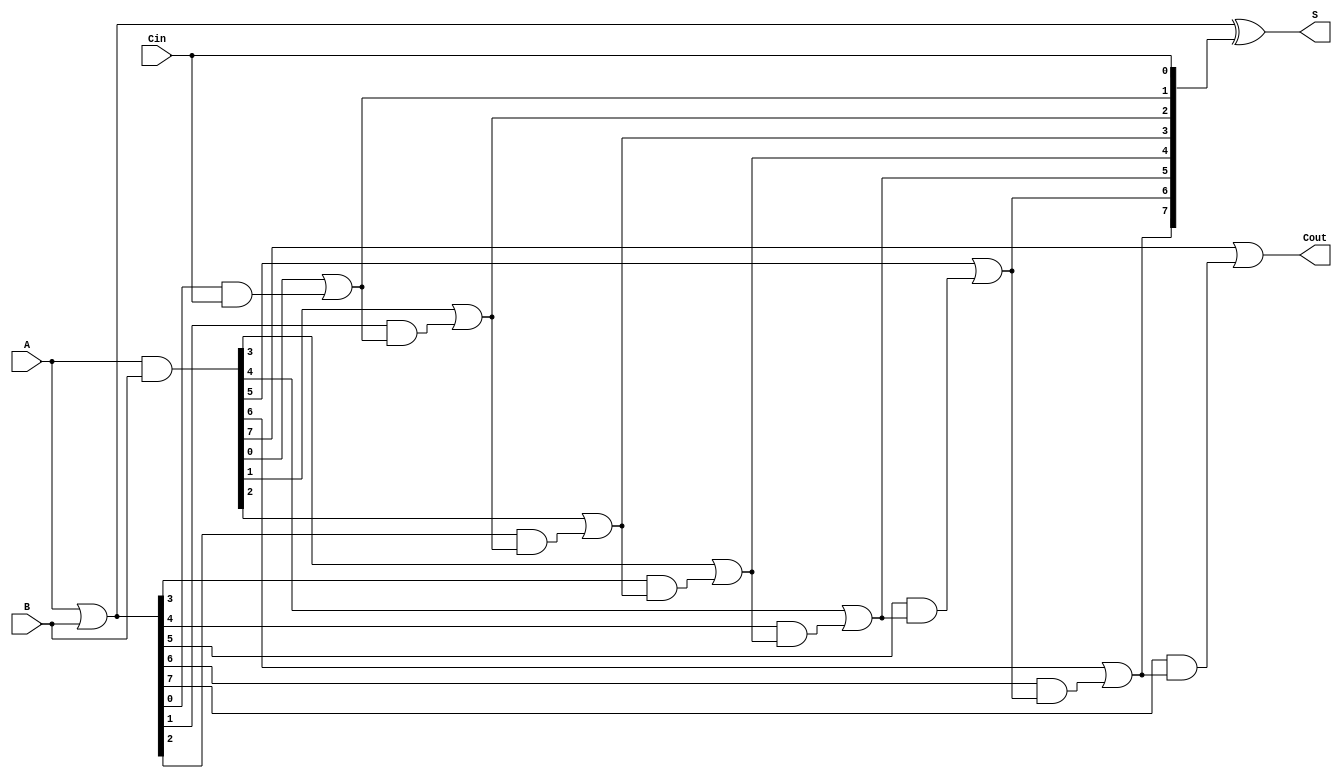
module VariableLatencyCLA #(parameter N = 8)(
    input  wire [N-1:0] A,         // First operand
    input  wire [N-1:0] B,         // Second operand
    input  wire Cin,                // Input carry
    output wire [N-1:0] S,         // Sum output
    output wire Cout                // Carry out
);

    wire [N-1:0] G;                // Generate signals
    wire [N-1:0] P;                // Propagate signals
    wire [N:0] C;                  // Carry signals (C[0] is Cin)

    // Generate and Propagate calculation
    assign G = A & B;              // Generate
    assign P = A | B;              // Propagate

    // Carry calculation
    assign C[0] = Cin;             // Carry in
    genvar i;
    generate
        for (i = 1; i <= N; i = i + 1) begin : carry_logic
            assign C[i] = G[i-1] | (P[i-1] & C[i-1]);
        end
    endgenerate

    // Sum calculation
    assign S = P ^ C[N-1:0];       // Sum output
    assign Cout = C[N];            // Carry out

endmodule